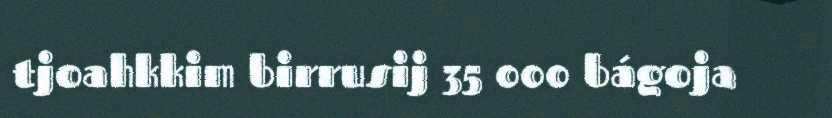
tjoahkkim birrusij 35 000 bágoja